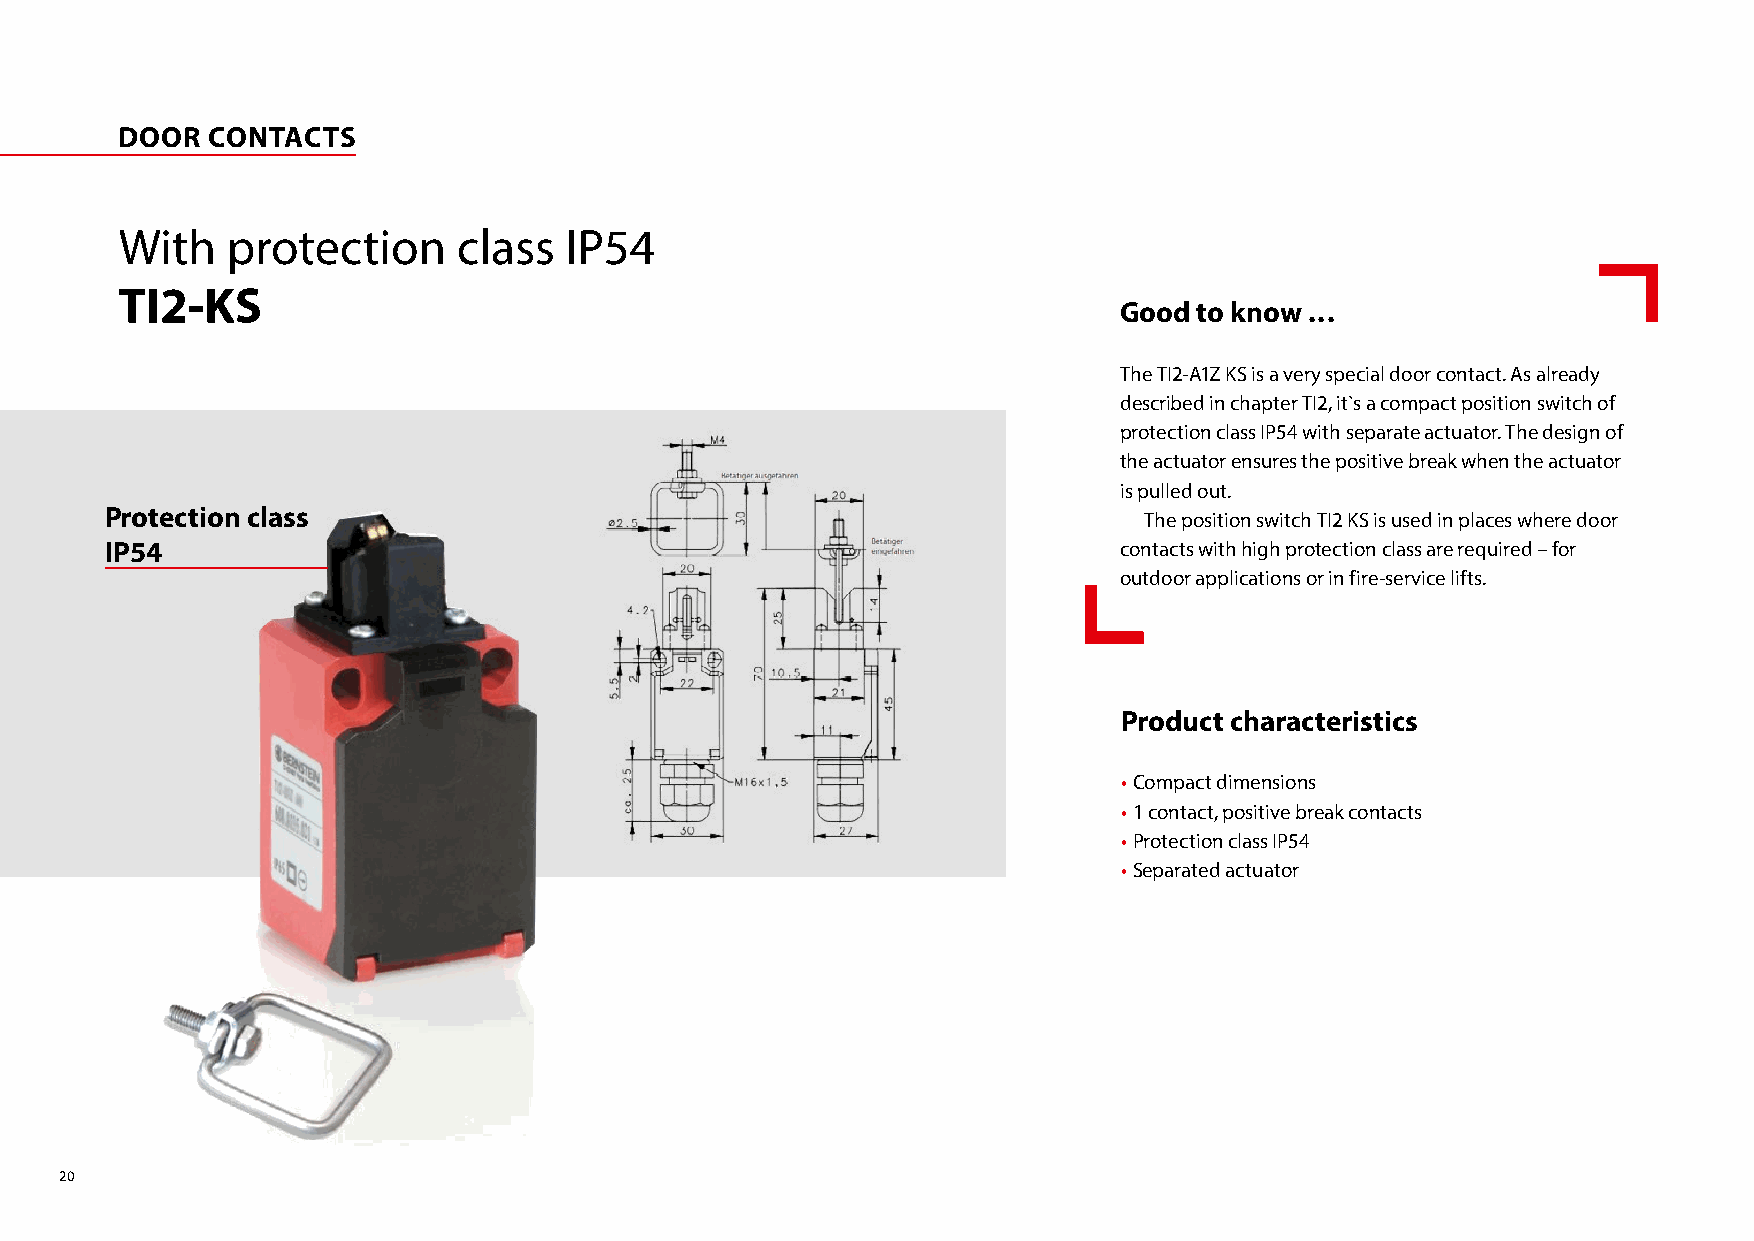
DOOR  CONTACTS
 With   protection     class  IP54
 TI2-KS
 Good to know ...
 The TI2-A1Z KS is a very special door contact. As already
 described in chapter TI2, it`s a compact position switch of
 protection class IP54 with separate actuator. The design of
 the actuator ensures the positive break when the actuator
 is pulled out.
 Protection class                                                     The position switch TI2 KS is used in places where door
 IP54                                                               contacts with high protection class are required – for
 outdoor applications or in fire-service lifts.
 Product characteristics
 • Compact dimensions
 • 1 contact, positive break contacts
 • Protection class IP54
 • Separated actuator
 20